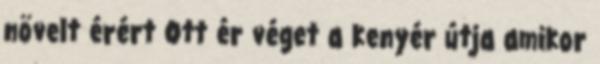
növelt érért Ott ér véget a kenyér útja amikor